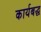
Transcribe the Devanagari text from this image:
कार्यबद्ध